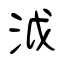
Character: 泧